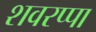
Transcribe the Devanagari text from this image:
शवरप्पा